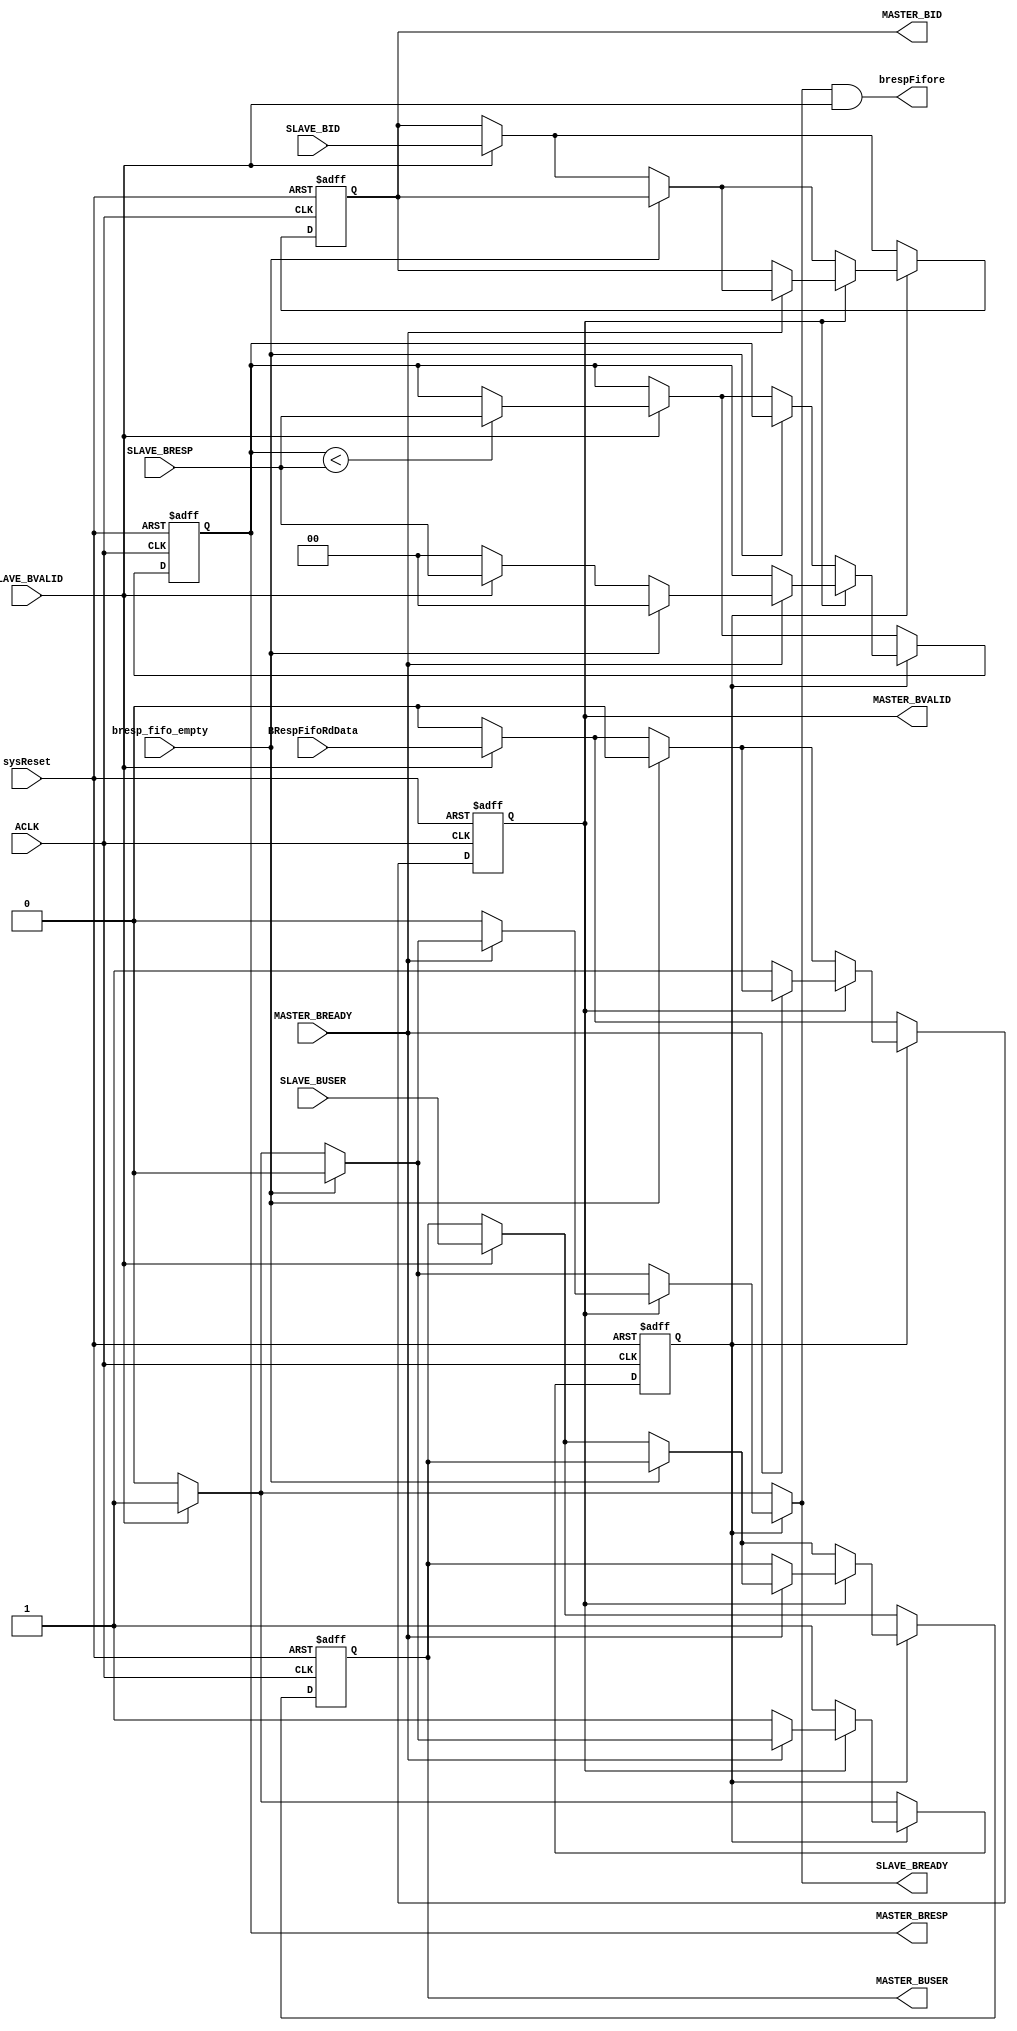
///////////////////////////////////////////////////////////////////////////////////////////////////
// Company: MICROSEMI
//
// IP Core: COREAXI4INTERCONNECT
//
//  Description  : The AMBA AXI4 Interconnect core connects one or more AXI memory-mapped master devices to one or
//                 more memory-mapped slave devices. The AMBA AXI protocol supports high-performance, high-frequency
//                 system designs.
//
//  COPYRIGHT 2017 BY MICROSEMI 
//  THE INFORMATION CONTAINED IN THIS DOCUMENT IS SUBJECT TO LICENSING RESTRICTIONS 
//  FROM MICROSEMI CORP.  IF YOU ARE NOT IN POSSESSION OF WRITTEN AUTHORIZATION FROM 
//  MICROSEMI FOR USE OF THIS FILE, THEN THE FILE SHOULD BE IMMEDIATELY DESTROYED AND 
//  NO BACK-UP OF THE FILE SHOULD BE MADE. 
//
//
/////////////////////////////////////////////////////////////////////////////////////////////////// 
 
 
module caxi4interconnect_DWC_brespCtrl (
                      //  input ports
                      ACLK,
                      sysReset,
                      MASTER_BREADY,
                      SLAVE_BUSER,
                      SLAVE_BRESP,
                      SLAVE_BVALID,
                      SLAVE_BID,
                      BRespFifoRdData,
                      bresp_fifo_empty,
 
                      //  output ports
                      brespFifore,
                      MASTER_BVALID,
                      MASTER_BID,
                      MASTER_BUSER,
                      MASTER_BRESP,
                      SLAVE_BREADY
                      );
 
   parameter        USER_WIDTH         = 1;
   parameter        ID_WIDTH           = 1;
//  input ports
   input            ACLK;
   wire             ACLK;
   input            sysReset;
   wire             sysReset;
   input            MASTER_BREADY;
   wire             MASTER_BREADY;
   input     [USER_WIDTH - 1:0] SLAVE_BUSER;
   wire      [USER_WIDTH - 1:0] SLAVE_BUSER;
   input     [1:0]  SLAVE_BRESP;
   wire      [1:0]  SLAVE_BRESP;
   input            SLAVE_BVALID;
   wire             SLAVE_BVALID;
   input     [ID_WIDTH-1:0] SLAVE_BID;
   input            BRespFifoRdData;
   wire             BRespFifoRdData;
   input            bresp_fifo_empty;
   wire             bresp_fifo_empty;
//  output ports
   output           brespFifore;
   wire             brespFifore;
   output           MASTER_BVALID;
   reg              MASTER_BVALID;
   output    [ID_WIDTH - 1:0] MASTER_BID;
   reg       [ID_WIDTH - 1:0] MASTER_BID;
   output    [USER_WIDTH - 1:0] MASTER_BUSER;
   reg       [USER_WIDTH - 1:0] MASTER_BUSER;
   output    [1:0]  MASTER_BRESP;
   reg       [1:0]  MASTER_BRESP;
   output           SLAVE_BREADY;
   reg              SLAVE_BREADY;
//  local signals
   reg              tx_in_progress;
   reg              MASTER_BVALID_next;
   reg              tx_in_progress_next;
   reg       [ID_WIDTH - 1:0] MASTER_BID_next;
   reg       [USER_WIDTH - 1:0] MASTER_BUSER_next;
   reg       [1:0]  MASTER_BRESP_next;
 
 
   always
      @( posedge ACLK or negedge sysReset )
   begin   :bchan_data_ctrl
 
      if (!sysReset)
      begin
         MASTER_BID <= 0;
         MASTER_BUSER <= 0;
         MASTER_BRESP <= 0;
         MASTER_BVALID <= 1'b0;
         tx_in_progress <= 1'b0;
      end
      else
      begin
         MASTER_BID <= MASTER_BID_next;
         MASTER_BUSER <= MASTER_BUSER_next;
         MASTER_BRESP <= MASTER_BRESP_next;
         MASTER_BVALID <= MASTER_BVALID_next;
         tx_in_progress <= tx_in_progress_next;
      end
   end
 
 
 
   always  @(MASTER_BID or MASTER_BUSER or MASTER_BRESP or MASTER_BVALID or tx_in_progress or MASTER_BREADY or bresp_fifo_empty or SLAVE_BVALID or BRespFifoRdData or SLAVE_BUSER or SLAVE_BRESP or SLAVE_BID)
   begin   :bchan_data_ctrl_next
 
      // default values
 
      MASTER_BID_next <= MASTER_BID;
      MASTER_BUSER_next <= MASTER_BUSER;
      MASTER_BRESP_next <= MASTER_BRESP;
      MASTER_BVALID_next <= MASTER_BVALID;
      tx_in_progress_next <= tx_in_progress;
      if (tx_in_progress)
      //  T
      begin
         if (MASTER_BVALID)
         begin
            if (MASTER_BREADY)
            begin
               if (bresp_fifo_empty)
               begin
                  // master accept write response and caxi4interconnect_FIFO is empty.
                  // MASTER_BRESP is zeroed. If we wouldn't do so,
                  //      we are not able to clear an error reponse
                  //      the next time around
                  // tx_in_progress is taken away because no write
                  //      response is awaiting processing
 
                  tx_in_progress_next <= 0;
                  MASTER_BRESP_next <= 2'b00;
                  SLAVE_BREADY <= 0;
                  MASTER_BVALID_next <= 0;
               end
               else
               begin
                  if (SLAVE_BVALID)
                  begin
                     // valid slave write response. Pass values across
 
                     SLAVE_BREADY <= 1;
                     MASTER_BVALID_next <= BRespFifoRdData;
                     tx_in_progress_next <= 1;
                     //MASTER_BID_next <= BRespFifoRdData[ID_WIDTH:1];
                     MASTER_BID_next <= SLAVE_BID;
                     MASTER_BUSER_next <= SLAVE_BUSER;
                     // master accepts write response and
                     //      slave puts down another one.
                     // We default MASTER_BRESP to SLAVE_BRESP
 
                     MASTER_BRESP_next <= SLAVE_BRESP;
                  end
                  else
                  begin
                     // master accept write response and slave
                     //      doesn't put down one.
                     // MASTER_BRESP is zeroed. If we wouldn't
                     //      do so, we are not able to clear
                     //      an error reponse the next time around
                     // tx_in_progress is taken away because
                     //      no write response is awaiting processing
 
                     SLAVE_BREADY <= 0;
                     MASTER_BVALID_next <= 0;
                     tx_in_progress_next <= 1'b0;
                     MASTER_BRESP_next <= 2'b00;
                  end
               end
            end
            else
            begin
               // waiting for MASTER_BREADY
 
               SLAVE_BREADY <= 0;
               MASTER_BVALID_next <= 1;
            end
         end
         else
         begin
            if (bresp_fifo_empty)
            begin
               SLAVE_BREADY <= 0;
               MASTER_BVALID_next <= 0;
            end
            else
            begin
               if (SLAVE_BVALID)
               begin
                  // valid slave write response. Pass values across
 
                  SLAVE_BREADY <= 1;
                  MASTER_BVALID_next <= BRespFifoRdData;
                  tx_in_progress_next <= 1;
                  //MASTER_BID_next <= BRespFifoRdData[ID_WIDTH:1];
                  MASTER_BID_next <= SLAVE_BID;
                  MASTER_BUSER_next <= SLAVE_BUSER;
                  if (MASTER_BRESP < SLAVE_BRESP)
                  begin
                     MASTER_BRESP_next <= SLAVE_BRESP;
                  end
               end
               else
               begin
                  SLAVE_BREADY <= 0;
                  MASTER_BVALID_next <= 0;
               end
            end
         end
      end
      else
      begin
         if (SLAVE_BVALID)
         begin
            // valid slave write response. Pass values across
 
            SLAVE_BREADY <= 1;
            MASTER_BVALID_next <= BRespFifoRdData;
            tx_in_progress_next <= 1;
            //MASTER_BID_next <= BRespFifoRdData[ID_WIDTH:1];
            MASTER_BID_next <= SLAVE_BID;
            MASTER_BUSER_next <= SLAVE_BUSER;
            if (MASTER_BRESP < SLAVE_BRESP)
            begin
               MASTER_BRESP_next <= SLAVE_BRESP;
            end
         end
         else
         begin
            SLAVE_BREADY <= 0;
            MASTER_BVALID_next <= 0;
         end
      end
   end
 
   assign brespFifore = SLAVE_BREADY & SLAVE_BVALID;
 
 
endmodule